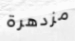
مزدهرة